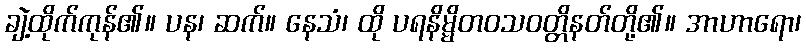
ချဲ့ထိုက်ကုန်၏။ ပန၊ ဆက်။ နေသံ၊ ထို ပရနိမ္မိတဝသဝတ္တိနတ်တို့၏။ အာဟာရော၊